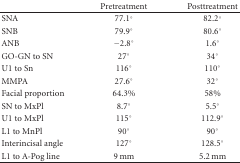
|  | Pretreatment | Posttreatment |
 | --- | --- | --- |
 | SNA | 77.1° | 82.2° |
 | SNB | 79.9° | 80.6° |
 | ANB | −2.8° | 1.6° |
 | GO-GN to SN | 27° | 34° |
 | U1 to Sn | 116° | 110° |
 | MMPA | 27.6° | 32° |
 | Facial proportion | 64.3% | 58% |
 | SN to MxPl | 8.7° | 5.5° |
 | U1 to MxPl | 115° | 112.9° |
 | L1 to MnPl | 90° | 90° |
 | Interincisal angle | 127° | 128.5° |
 | L1 to A-Pog line | 9 mm | 5.2 mm |